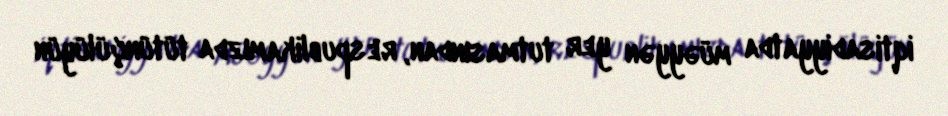
iqtisadiyyatda müəyyən yer tutmasından, respublikamızda tütünçülüyün